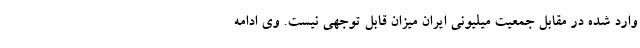
وارد شده در مقابل جمعیت میلیونی ایران میزان قابل توجهی نیست. وی ادامه